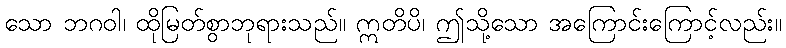
သော ဘဂဝါ၊ ထိုမြတ်စွာဘုရားသည်။ ဣတိပိ၊ ဤသို့သော အကြောင်းကြောင့်လည်း။